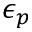
\epsilon _ { p }